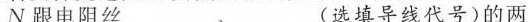
N跟电阻丝___、___ (选填导线代号)的两